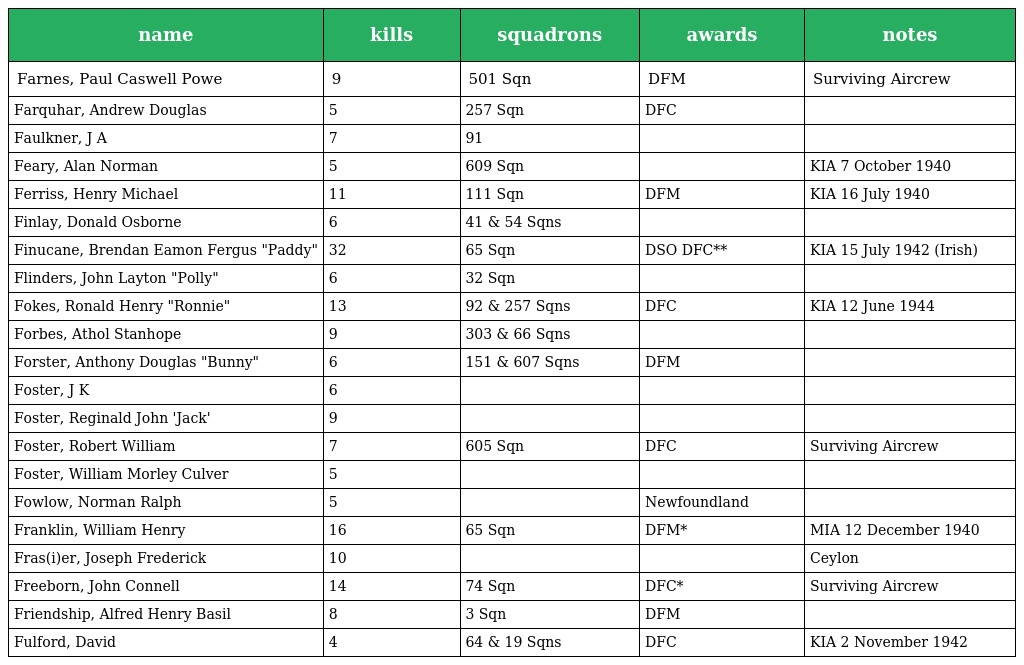
| name | kills | squadrons | awards | notes |
 | --- | --- | --- | --- | --- |
 | Farnes, Paul Caswell Powe | 9 | 501 Sqn | DFM | Surviving Aircrew |
 | Farquhar, Andrew Douglas | 5 | 257 Sqn | DFC |  |
 | Faulkner, J A | 7 | 91 |  |  |
 | Feary, Alan Norman | 5 | 609 Sqn |  | KIA 7 October 1940 |
 | Ferriss, Henry Michael | 11 | 111 Sqn | DFM | KIA 16 July 1940 |
 | Finlay, Donald Osborne | 6 | 41 & 54 Sqns |  |  |
 | Finucane, Brendan Eamon Fergus "Paddy" | 32 | 65 Sqn | DSO DFC** | KIA 15 July 1942 (Irish) |
 | Flinders, John Layton "Polly" | 6 | 32 Sqn |  |  |
 | Fokes, Ronald Henry "Ronnie" | 13 | 92 & 257 Sqns | DFC | KIA 12 June 1944 |
 | Forbes, Athol Stanhope | 9 | 303 & 66 Sqns |  |  |
 | Forster, Anthony Douglas "Bunny" | 6 | 151 & 607 Sqns | DFM |  |
 | Foster, J K | 6 |  |  |  |
 | Foster, Reginald John 'Jack' | 9 |  |  |  |
 | Foster, Robert William | 7 | 605 Sqn | DFC | Surviving Aircrew |
 | Foster, William Morley Culver | 5 |  |  |  |
 | Fowlow, Norman Ralph | 5 |  | Newfoundland |  |
 | Franklin, William Henry | 16 | 65 Sqn | DFM* | MIA 12 December 1940 |
 | Fras(i)er, Joseph Frederick | 10 |  |  | Ceylon |
 | Freeborn, John Connell | 14 | 74 Sqn | DFC* | Surviving Aircrew |
 | Friendship, Alfred Henry Basil | 8 | 3 Sqn | DFM |  |
 | Fulford, David | 4 | 64 & 19 Sqns | DFC | KIA 2 November 1942 |